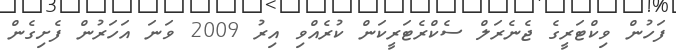
ފަހުން ވިކްޓަރީގެ ޖެނެރަލް ސެކްރެޓަރީކަން ކުރެއްވި އިރު 2009 ވަނަ އަހަރުން ފެށިގެން